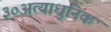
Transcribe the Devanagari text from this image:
३०अत्याधुनिक